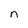
Character: n